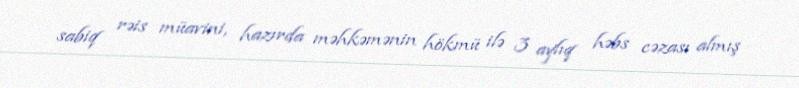
sabiq rəis müavini, hazırda məhkəmənin hökmü ilə 3 aylıq həbs cəzası almış